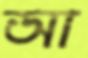
আ